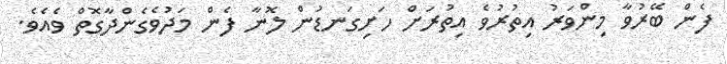
ފެން ބޭރުވާ މިންވަރު އިތުރުވެ އިތުރަށް ހަށިގަނޑުން ލޮނާ ފެން މަދުވެގެންދާގޮތް ވެއެވެ.